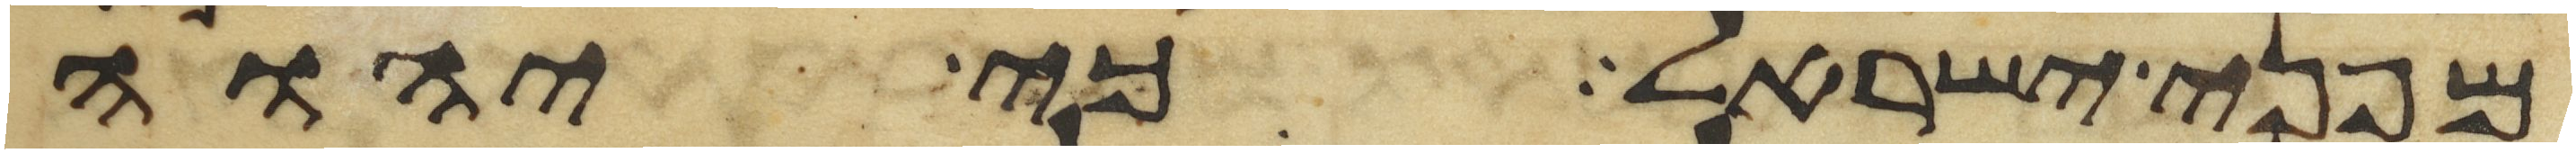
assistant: מפני ישראל כי יהוה